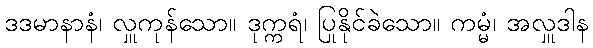
ဒဒမာနာနံ၊ လှူကုန်သော။ ဒုက္ကရံ၊ ပြုနိုင်ခဲသော။ ကမ္မံ၊ အလှူဒါန